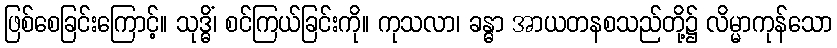
ဖြစ်စေခြင်းကြောင့်။ သုဒ္ဓိံ၊ စင်ကြယ်ခြင်းကို။ ကုသလာ၊ ခန္ဓာ အာယတနစသည်တို့၌ လိမ္မာကုန်သော